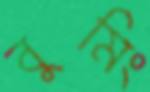
বুমিং